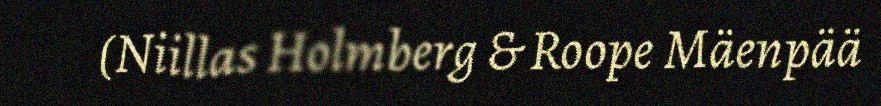
(Niillas Holmberg & Roope Mäenpää